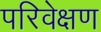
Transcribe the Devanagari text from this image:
परिवेक्षण